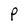
Character: P